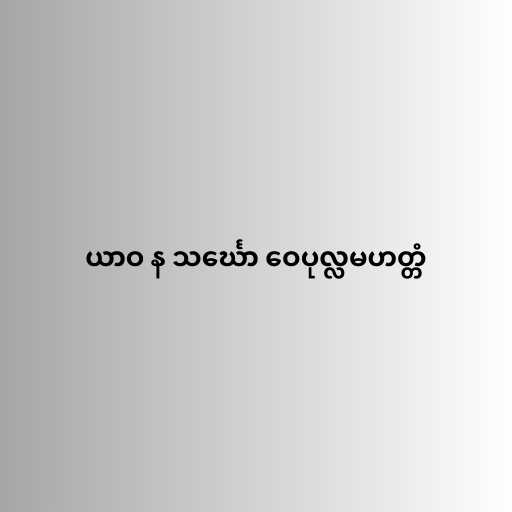
ယာဝ န သင်္ဃော ဝေပုလ္လမဟတ္တံ